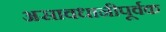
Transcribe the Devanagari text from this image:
असावधानीपूर्वक